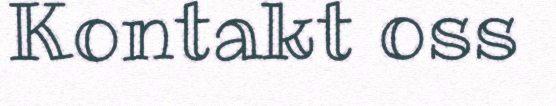
Kontakt oss